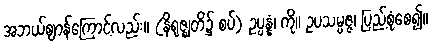
အဘယ်ဈာန်ကြောင့်လည်း။ (နိရုဇ္ဈတိ၌ စပ်) ဥပ္ပန္နံ၊ ကို။ ဥပသမ္ပဇ္ဇ၊ ပြည့်စုံစေ၍။